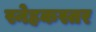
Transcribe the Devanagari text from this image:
स्नेहकस्तर